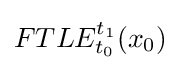
FTLE_{t_{0}}^{t_{1}}(x_{0})